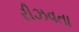
રીઝવતા